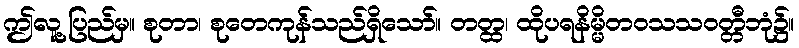
ဤလူ့ပြည်မှ။ စုတာ၊ စုတေကုန်သည်ရှိသော်။ တတ္ထ၊ ထိုပရနိမ္မိတဝသသဝတ္တီဘုံ၌။